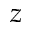
z